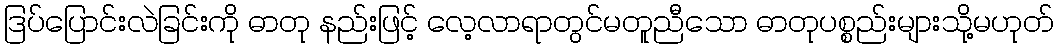
ဒြပ်ပြောင်းလဲခြင်းကို ဓာတု နည်းဖြင့် လေ့လာရာတွင်မတူညီသော ဓာတုပစ္စည်းများသို့မဟုတ်